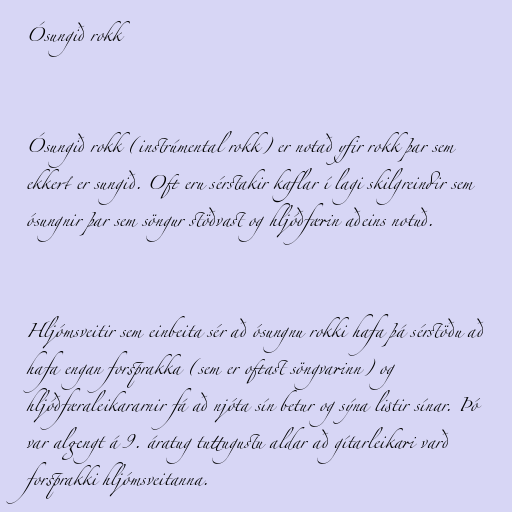
Ósungið rokk

Ósungið rokk (instrúmental rokk) er notað yfir rokk þar sem
ekkert er sungið. Oft eru sérstakir kaflar í lagi skilgreindir sem
ósungnir þar sem söngur stöðvast og hljóðfærin aðeins notuð.

Hljómsveitir sem einbeita sér að ósungnu rokki hafa þá sérstöðu að
hafa engan forsprakka (sem er oftast söngvarinn) og
hljóðfæraleikararnir fá að njóta sín betur og sýna listir sínar. Þó
var algengt á 9. áratug tuttugustu aldar að gítarleikari varð
forsprakki hljómsveitanna.